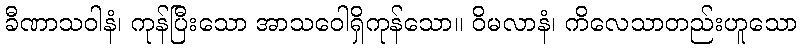
ခီဏာသဝါနံ၊ ကုန်ပြီးသော အာသဝေါရှိကုန်သော။ ဝိမလာနံ၊ ကိလေသာတည်းဟူသော